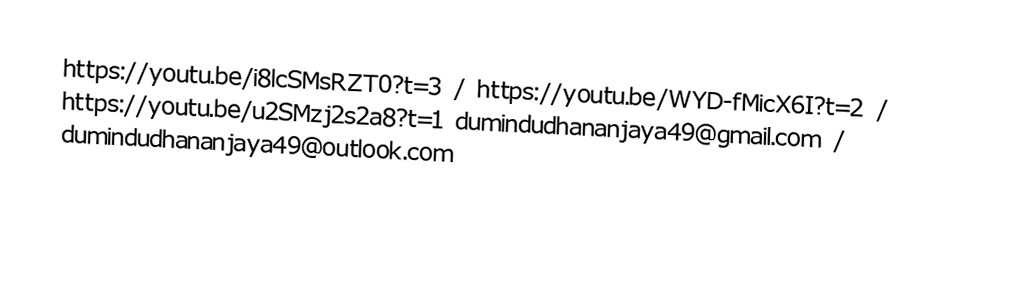
https://youtu.be/i8lcSMsRZT0?t=3    /    https://youtu.be/WYD-fMicX6I?t=2  /    https://youtu.be/u2SMzj2s2a8?t=1                                                                                    dumindudhananjaya49@gmail.com  /  dumindudhananjaya49@outlook.com